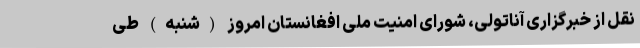
نقل از خبرگزاری آناتولی، شورای امنیت ملی افغانستان امروز (شنبه) طی